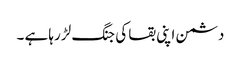
دشمن اپنی بقا کی جنگ لڑ رہا ہے ۔